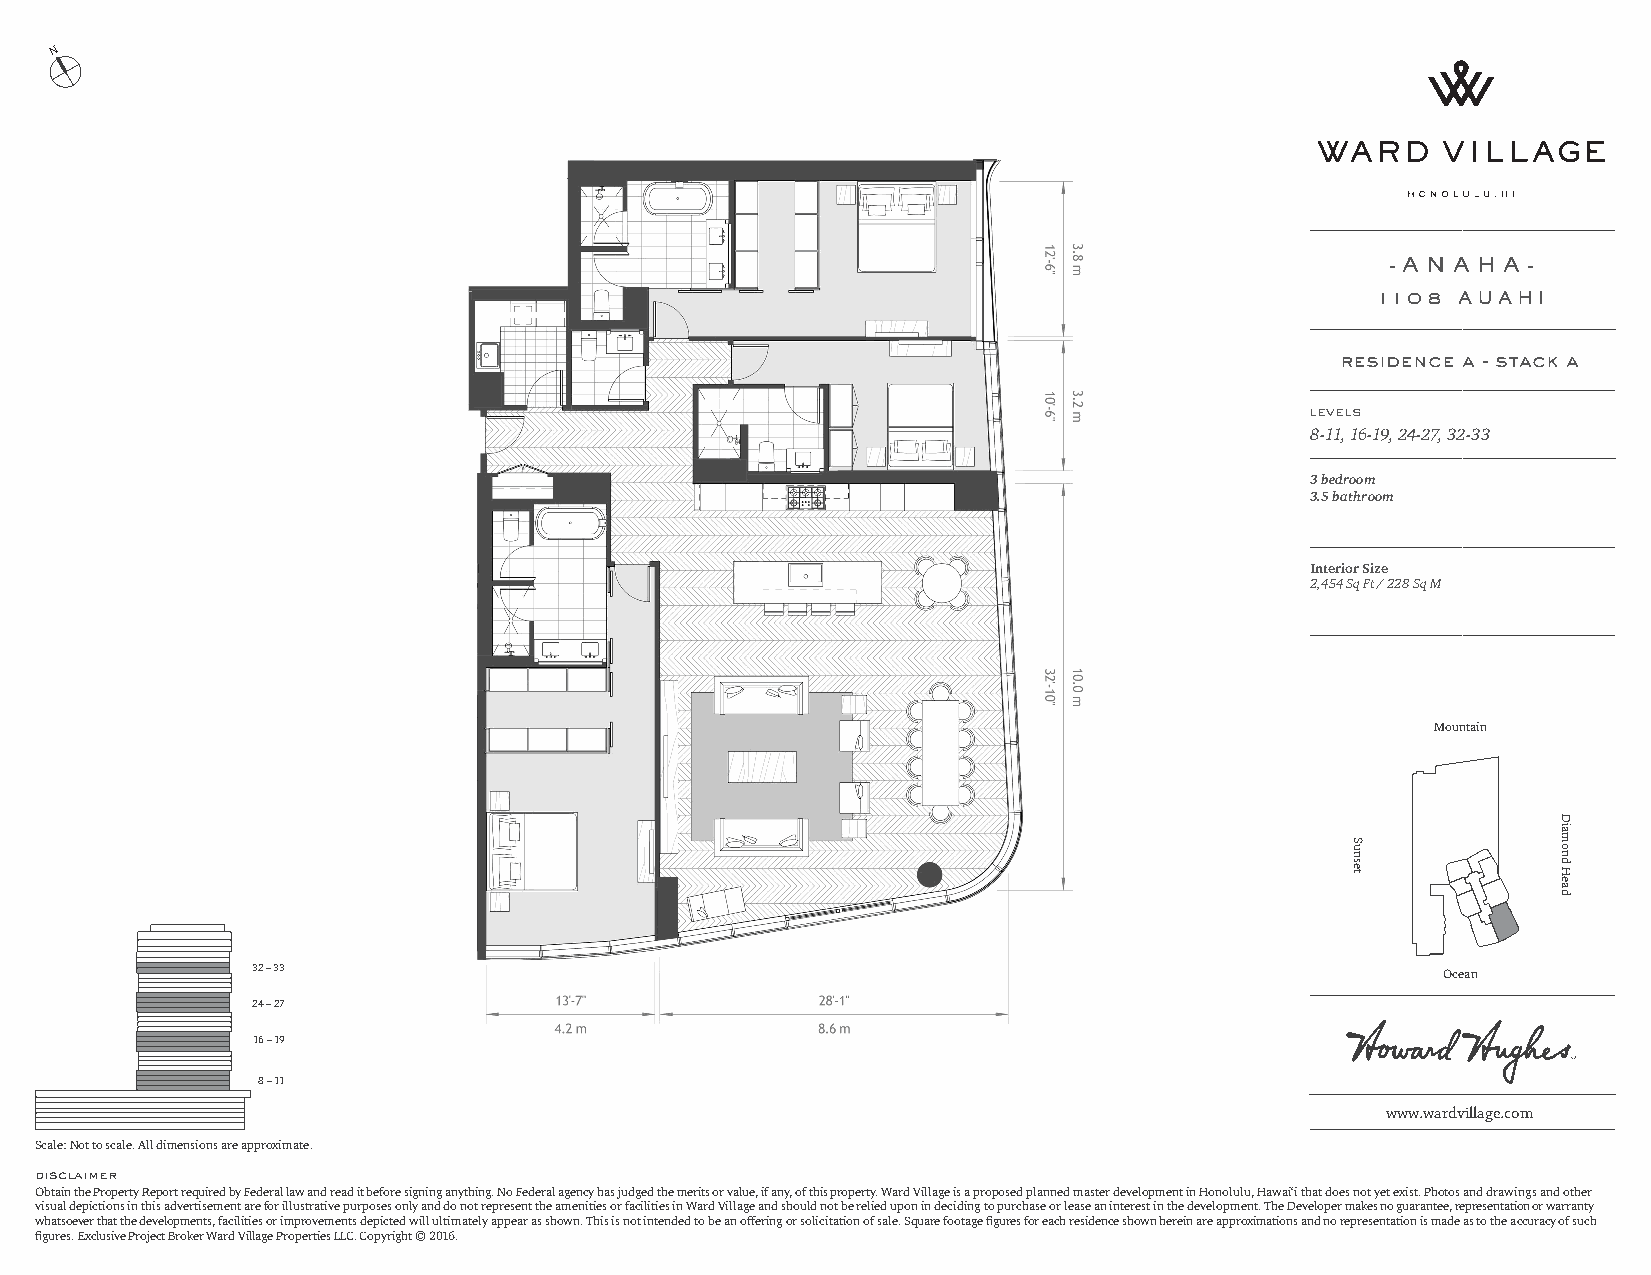
N
 - A N A H A -
 1108 AUAHI
 residence a - stack a
 levels
 8-11, 16-19, 24-27, 32-33
 3 bedroom
 3.5 bathroom
 Interior Size
 2,454 Sq Ft / 228 Sq M
 Mountain
 32 – 33                                                                        Ocean
 24 – 27
 16 – 19
 8 – 11
 www.wardvillage.com
 Scale: Not to scale. All dimensions are approximate.
 disclaimer
 Obtain the Property Report required by Federal law and read it before signing anything. No Federal agency has judged the merits or value, if any, of this property. Ward Village is a proposed planned master development in Honolulu, Hawai‘i that does not yet exist. Photos and drawings and other
 visual depictions in this advertisement are for illustrative purposes only and do not represent the amenities or facilities in Ward Village and should not be relied upon in deciding to purchase or lease an interest in the development. The Developer makes no guarantee, representation or warranty
 whatsoever that the developments, facilities or improvements depicted will ultimately appear as shown. This is not intended to be an offering or solicitation of sale. Square footage figures for each residence shown herein are approximations and no representation is made as to the accuracy of such
 figures. Exclusive Project Broker Ward Village Properties LLC. Copyright © 2016.
 Sunset
 Diamond
 Head